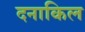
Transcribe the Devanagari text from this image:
दनाकिल